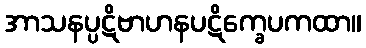
အာသနပ္ပဋိဗာဟနပဋိက္ခေပကထာ။